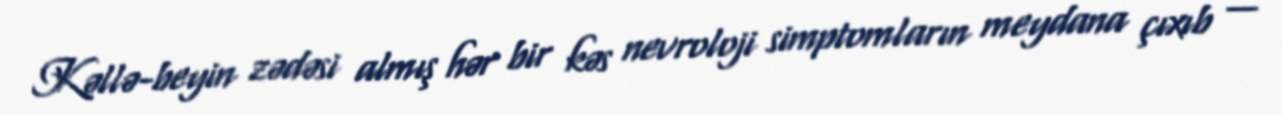
Kəllə-beyin zədəsi almış hər bir kəs nevroloji simptomların meydana çıxıb —